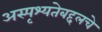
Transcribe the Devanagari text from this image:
अस्पृश्यतेबद्दलचे